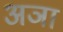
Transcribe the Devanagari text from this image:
अञा